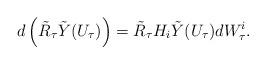
LaTeX: \begin{align*} d\left(\tilde{R}_\tau \tilde{Y}(U_\tau)\right)=\tilde{R}_\tau H_i\tilde{Y}(U_\tau)dW^i_\tau.\end{align*}